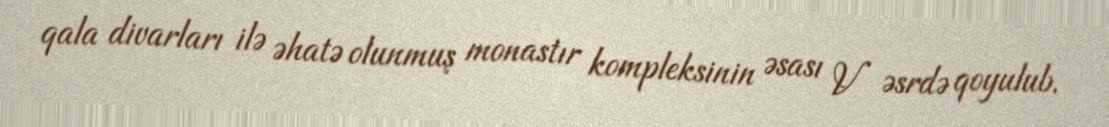
qala divarları ilə əhatə olunmuş monastır kompleksinin əsası V əsrdə qoyulub.